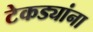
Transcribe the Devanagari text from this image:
टेकड्यांना